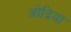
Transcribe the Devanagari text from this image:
ओद्रिया